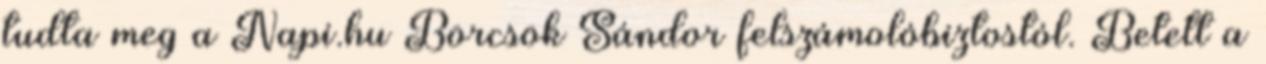
tudta meg a Napi.hu Börcsök Sándor felszámolóbiztostól. Betett a